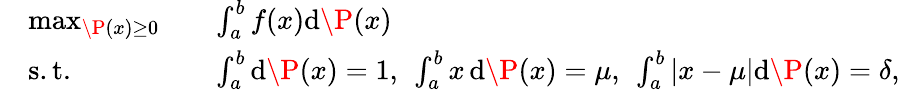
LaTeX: \begin{array}{rlrl}&{\operatorname*{max}_{\P(x)\geq 0}}&&{\int_{a}^{b}f(x)\mathrm{d}\P(x)}\\ &{\mathrm{s.t.}}&&{\int_{a}^{b}\mathrm{d}\P(x)=1,\ \int_{a}^{b}x\, \mathrm{d}\P(x)=\mu,\ \int_{a}^{b}|x-\mu|\mathrm{d}\P(x)=\delta,}\end{array}